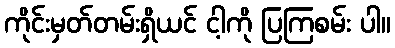
ကိုင်းမှတ်တမ်းရှိယင် ငါ့ကို ပြကြစမ်း ပါ။